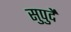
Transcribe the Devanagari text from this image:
सुपुर्दे